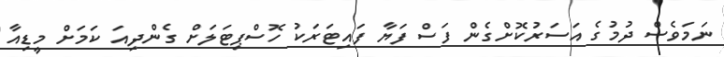
ނަމަވެސް ދުމުގެ އަސަރުކޮށްގެން ފަސް ފަޔާ ފައިޓަރަކު ހޮސްޕިޓަލަށް ގެންދިއަ ކަމަށް މީޑިއާ